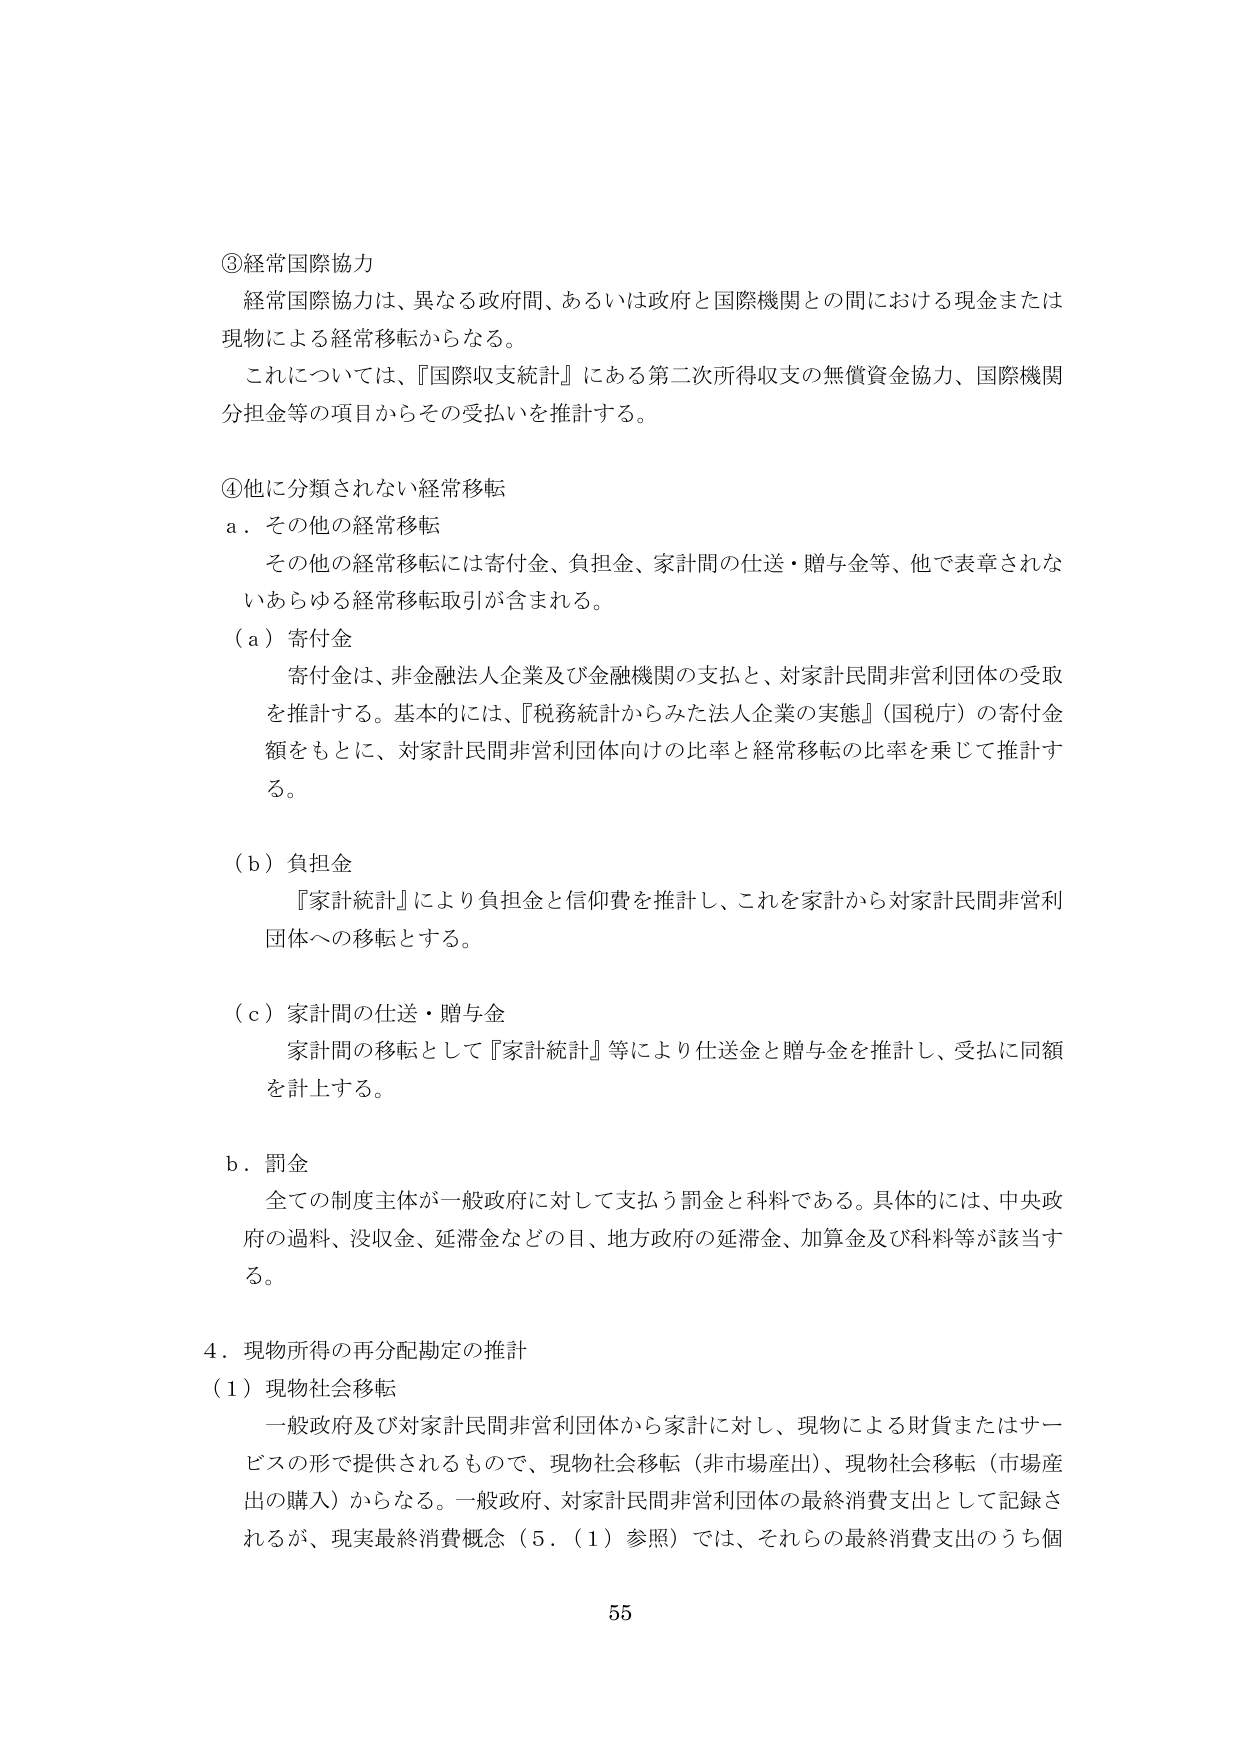
③経常国際協力
経常国際協力は、異なる政府間、あるいは政府と国際機関との間における現金または現物による経常移転からなる。
これについては、『国際収支統計』にある第二次所得収支の無償資金協力、国際機関分担金等の項目からその受払いを推計する。

④他に分類されない経常移転
a．その他の経常移転
その他の経常移転には寄付金、負担金、家計間の仕送・贈与金等、他で表章されないあらゆる経常移転取引が含まれる。
（a）寄付金
寄付金は、非金融法人企業及び金融機関の支払と、対家計民間非営利団体の受取を推計する。基本的には、『税務統計からみた法人企業の実態』（国税庁）の寄付金額をもとに、対家計民間非営利団体向けの比率と経常移転の比率を乗じて推計する。
（b）負担金
『家計統計』により負担金と信仰費を推計し、これを家計から対家計民間非営利団体への移転とする。
（c）家計間の仕送・贈与金
家計間の移転として『家計統計』等により仕送金と贈与金を推計し、受払に同額を計上する。
b．罰金
全ての制度主体が一般政府に対して支払う罰金と料金である。具体的には、中央政府の過料、没収金、延滞金などの目、地方政府の延滞金、加算金及び料金等が該当する。

4．現物所得の再分配勘定の推計
（1）現物社会移転
一般政府及び対家計民間非営利団体から家計に対し、現物による財貨またはサービスの形で提供されるもので、現物社会移転（非市場産出）、現物社会移転（市場産出の購入）からなる。一般政府、対家計民間非営利団体の最終消費支出として記録されるが、現実最終消費概念（5．（1）参照）では、それらの最終消費支出のうち個

55